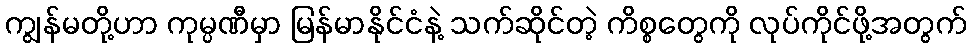
ကျွန်မတို့ဟာ ကုမ္ပဏီမှာ မြန်မာနိုင်ငံနဲ့ သက်ဆိုင်တဲ့ ကိစ္စတွေကို လုပ်ကိုင်ဖို့အတွက်